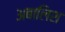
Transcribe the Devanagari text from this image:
अबालिश